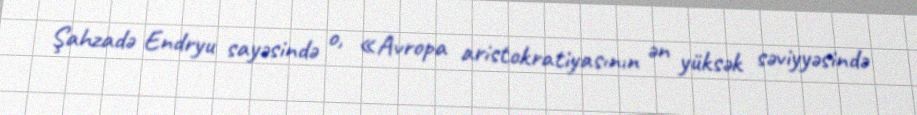
Şahzadə Endryu sayəsində o, «Avropa aristokratiyasının ən yüksək səviyyəsində